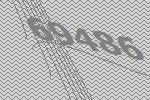
69486